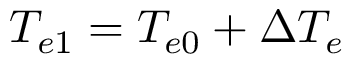
T _ { e 1 } = T _ { e 0 } + \Delta T _ { e }